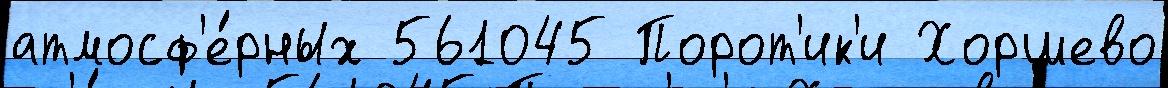
атмосф'е́рных 561045 Порот'ик'и Хоршево